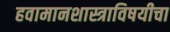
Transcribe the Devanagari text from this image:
हवामानशास्त्राविषयीचा